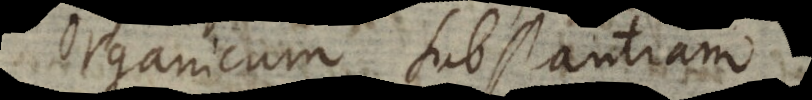
Organicum substantiam